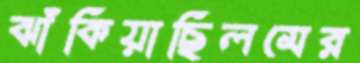
ঝাঁকিয়াছিলমের